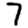
Digit: 7